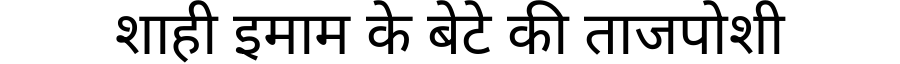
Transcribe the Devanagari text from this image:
शाही इमाम के बेटे की ताजपोशी